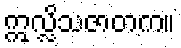
ဣလ္လိသဇာတက။